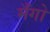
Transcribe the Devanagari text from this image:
मँगो